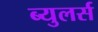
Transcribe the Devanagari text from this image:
ब्युलर्स